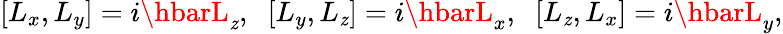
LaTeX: [L_{x},L_{y}]=i\hbarL_{\mathit{z}},\; \; [L_{y},L_{\mathit{z}}]=i\hbarL_{x},\; \; [L_{\mathit{z}},L_{x}]=i\hbarL_{y},